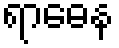
ရာဓေန